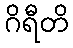
ဂိရီတိ